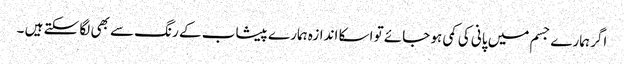
اگر ہمارے جسم میں پانی کی کمی ہو جائے تو اسکا اندازہ ہمارے پیشاب کے رنگ سے بھی لگا سکتے ہیں ۔